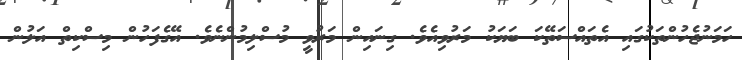
ހަމަނުޖެހުންތަކުގައި އެތައްސަތޭކަ ބަޔަކު މަރުވިއެވެ. ގިނައިން މަރުވީ މުސްލިމުންނެވެ. އޭގެފަހުން މިސްކިތް އަލުން